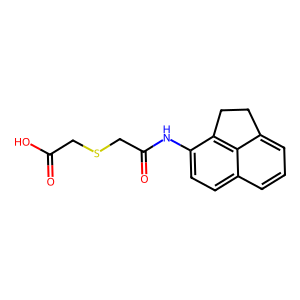
SMILES: O=C(O)CSCC(=O)Nc1ccc2cccc3c2c1CC3
Inhibits HIV replication: No